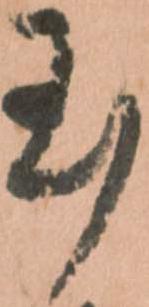
玉